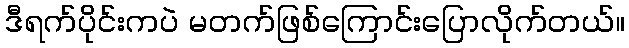
ဒီရက်ပိုင်းကပဲ မတက်ဖြစ်ကြောင်းပြောလိုက်တယ်။